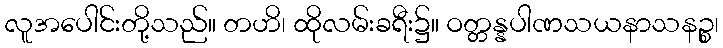
လူအပေါင်းတို့သည်။ တဟိ၊ ထိုလမ်းခရီး၌။ ဝတ္တန္နပါဏသယနာသနဉ္စ၊